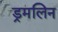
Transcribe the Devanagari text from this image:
ड्रमलिन